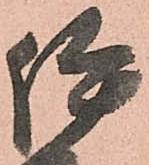
伊